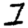
Digit: 1